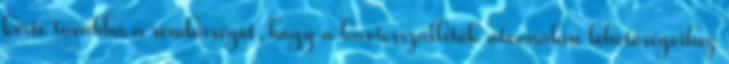
kérte továbbá a rendőrséget, hogy a kavicsszállítók útvonalán lehetőségeihez